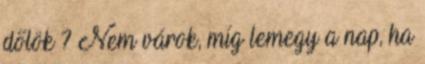
dőlök ? Nem várok, míg lemegy a nap, ha